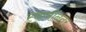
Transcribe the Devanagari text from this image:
स्वामींनंतर